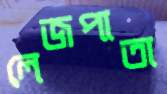
লেজপাতা